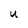
Character: U